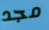
مجد